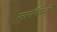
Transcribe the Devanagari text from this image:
सारमियेन्तो